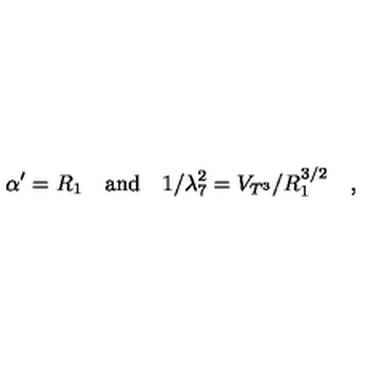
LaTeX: \alpha ^ { \prime } = R _ { 1 } \quad \mathrm { a n d } \quad 1 / \lambda _ { 7 } ^ { 2 } = V _ { T ^ { 3 } } / R _ { 1 } ^ { 3 / 2 } \quad ,